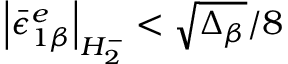
\left| { \bar { \epsilon } } _ { 1 \beta } ^ { e } \right| _ { H _ { 2 } ^ { - } } < \sqrt { \Delta _ { \beta } } / 8